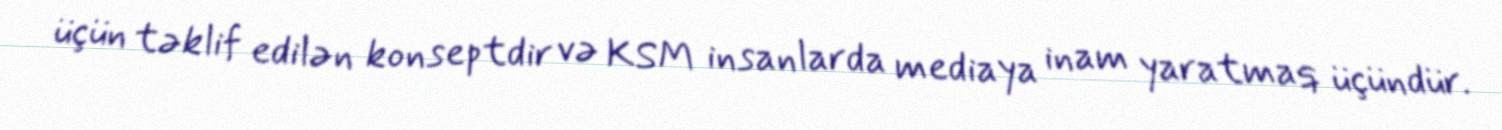
üçün təklif edilən konseptdir və KSM insanlarda mediaya inam yaratmaq üçündür.